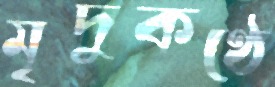
মৃদুকণ্ঠে